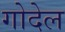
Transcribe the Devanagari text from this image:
गोदेल